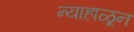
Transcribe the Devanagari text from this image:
न्याहाळून